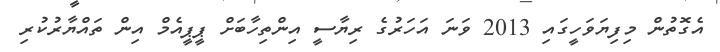
އެގޮތުން މިފިޔަވަހީގައި 2013 ވަނަ އަހަރުގެ ރިޔާސީ އިންތިހާބަށް ޕީޕީއެމް އިން ތައްޔާރުކުރި